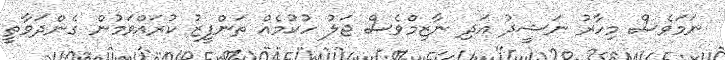
ނަމަވެސް މިހާރު ނަޝީދު އަދި ނާޒިމްވެސް ޖަލު ހުކުމެއް ތަންފީޒު ކުރައްވަމުން ގެންދަވާތީ